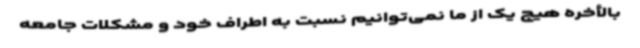
بالأخره هیچ یک از ما نمی‌توانیم نسبت به اطراف خود و مشکلات جامعه